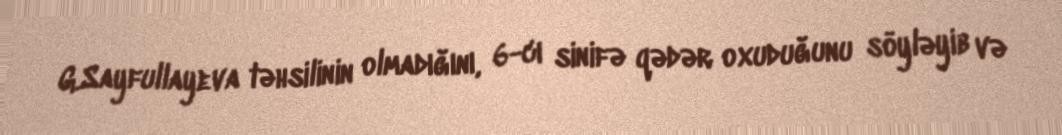
G.Sayfullayeva təhsilinin olmadığını, 6-cı sinifə qədər oxuduğunu söyləyib və